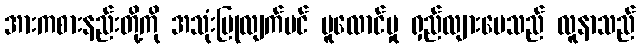
အားကစားနည်းတို့ကို အသုံးပြုလျက်ပင် ပူလောင်မှု ရှည်လျားပေသည် လူနာသည်